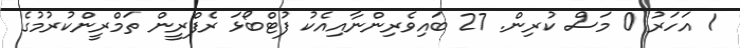
1 އަހަރު 0 މަސް ކުރިން. 27 ބައިވެރިންނާއިއެކު ފުޓްބޯޅަ ރެފްރީން ތަމްރީންކުރުމުގެ